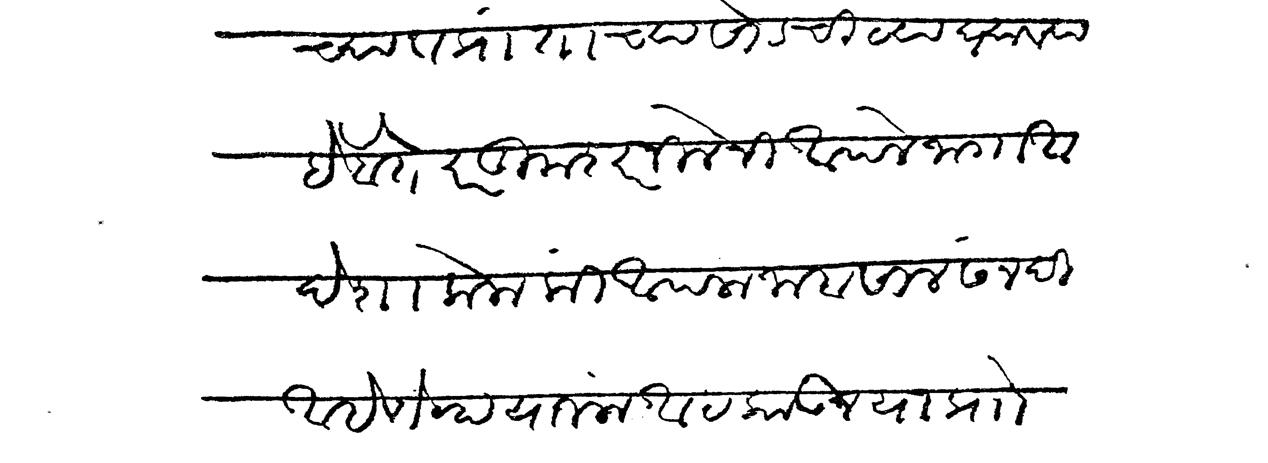
Transliteration (Devanagari): च्या प्रांताच्या सोडचिठ्या घ्याव्या हे होते परंतु मशारनिलेनी आपले जागा आदेशा केला कीं आपला जाबसाल सनदी आहे तेव्हा याजला आटकाऊन यांप्रो